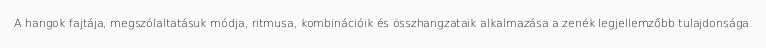
A hangok fajtája, megszólaltatásuk módja, ritmusa, kombinációik és összhangzataik alkalmazása a zenék legjellemzőbb tulajdonsága.